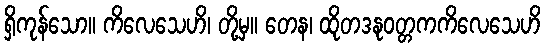
ရှိကုန်သော။ ကိလေသေဟိ၊ တို့မှ။ တေန၊ ထိုတဒနုဝတ္တကကိလေသေဟိ